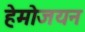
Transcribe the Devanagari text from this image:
हेमोजयन